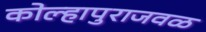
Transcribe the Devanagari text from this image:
कोल्हापुराजवळ